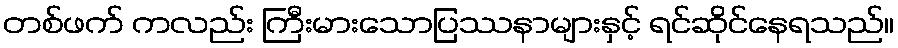
တစ်ဖက် ကလည်း ကြီးမားသောပြဿနာများနှင့် ရင်ဆိုင်နေရသည်။